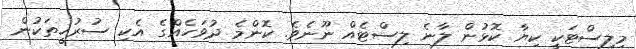
މިލިސްޓަކީ ކިޔާ ކޮޅުން ލާނެ ލިސްޓެއް ނޫނެވެ. ކޮންމެ ދުވަހެއްގެ އެކި ސުރުހީތަކުން